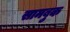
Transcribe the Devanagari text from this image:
सामबुक